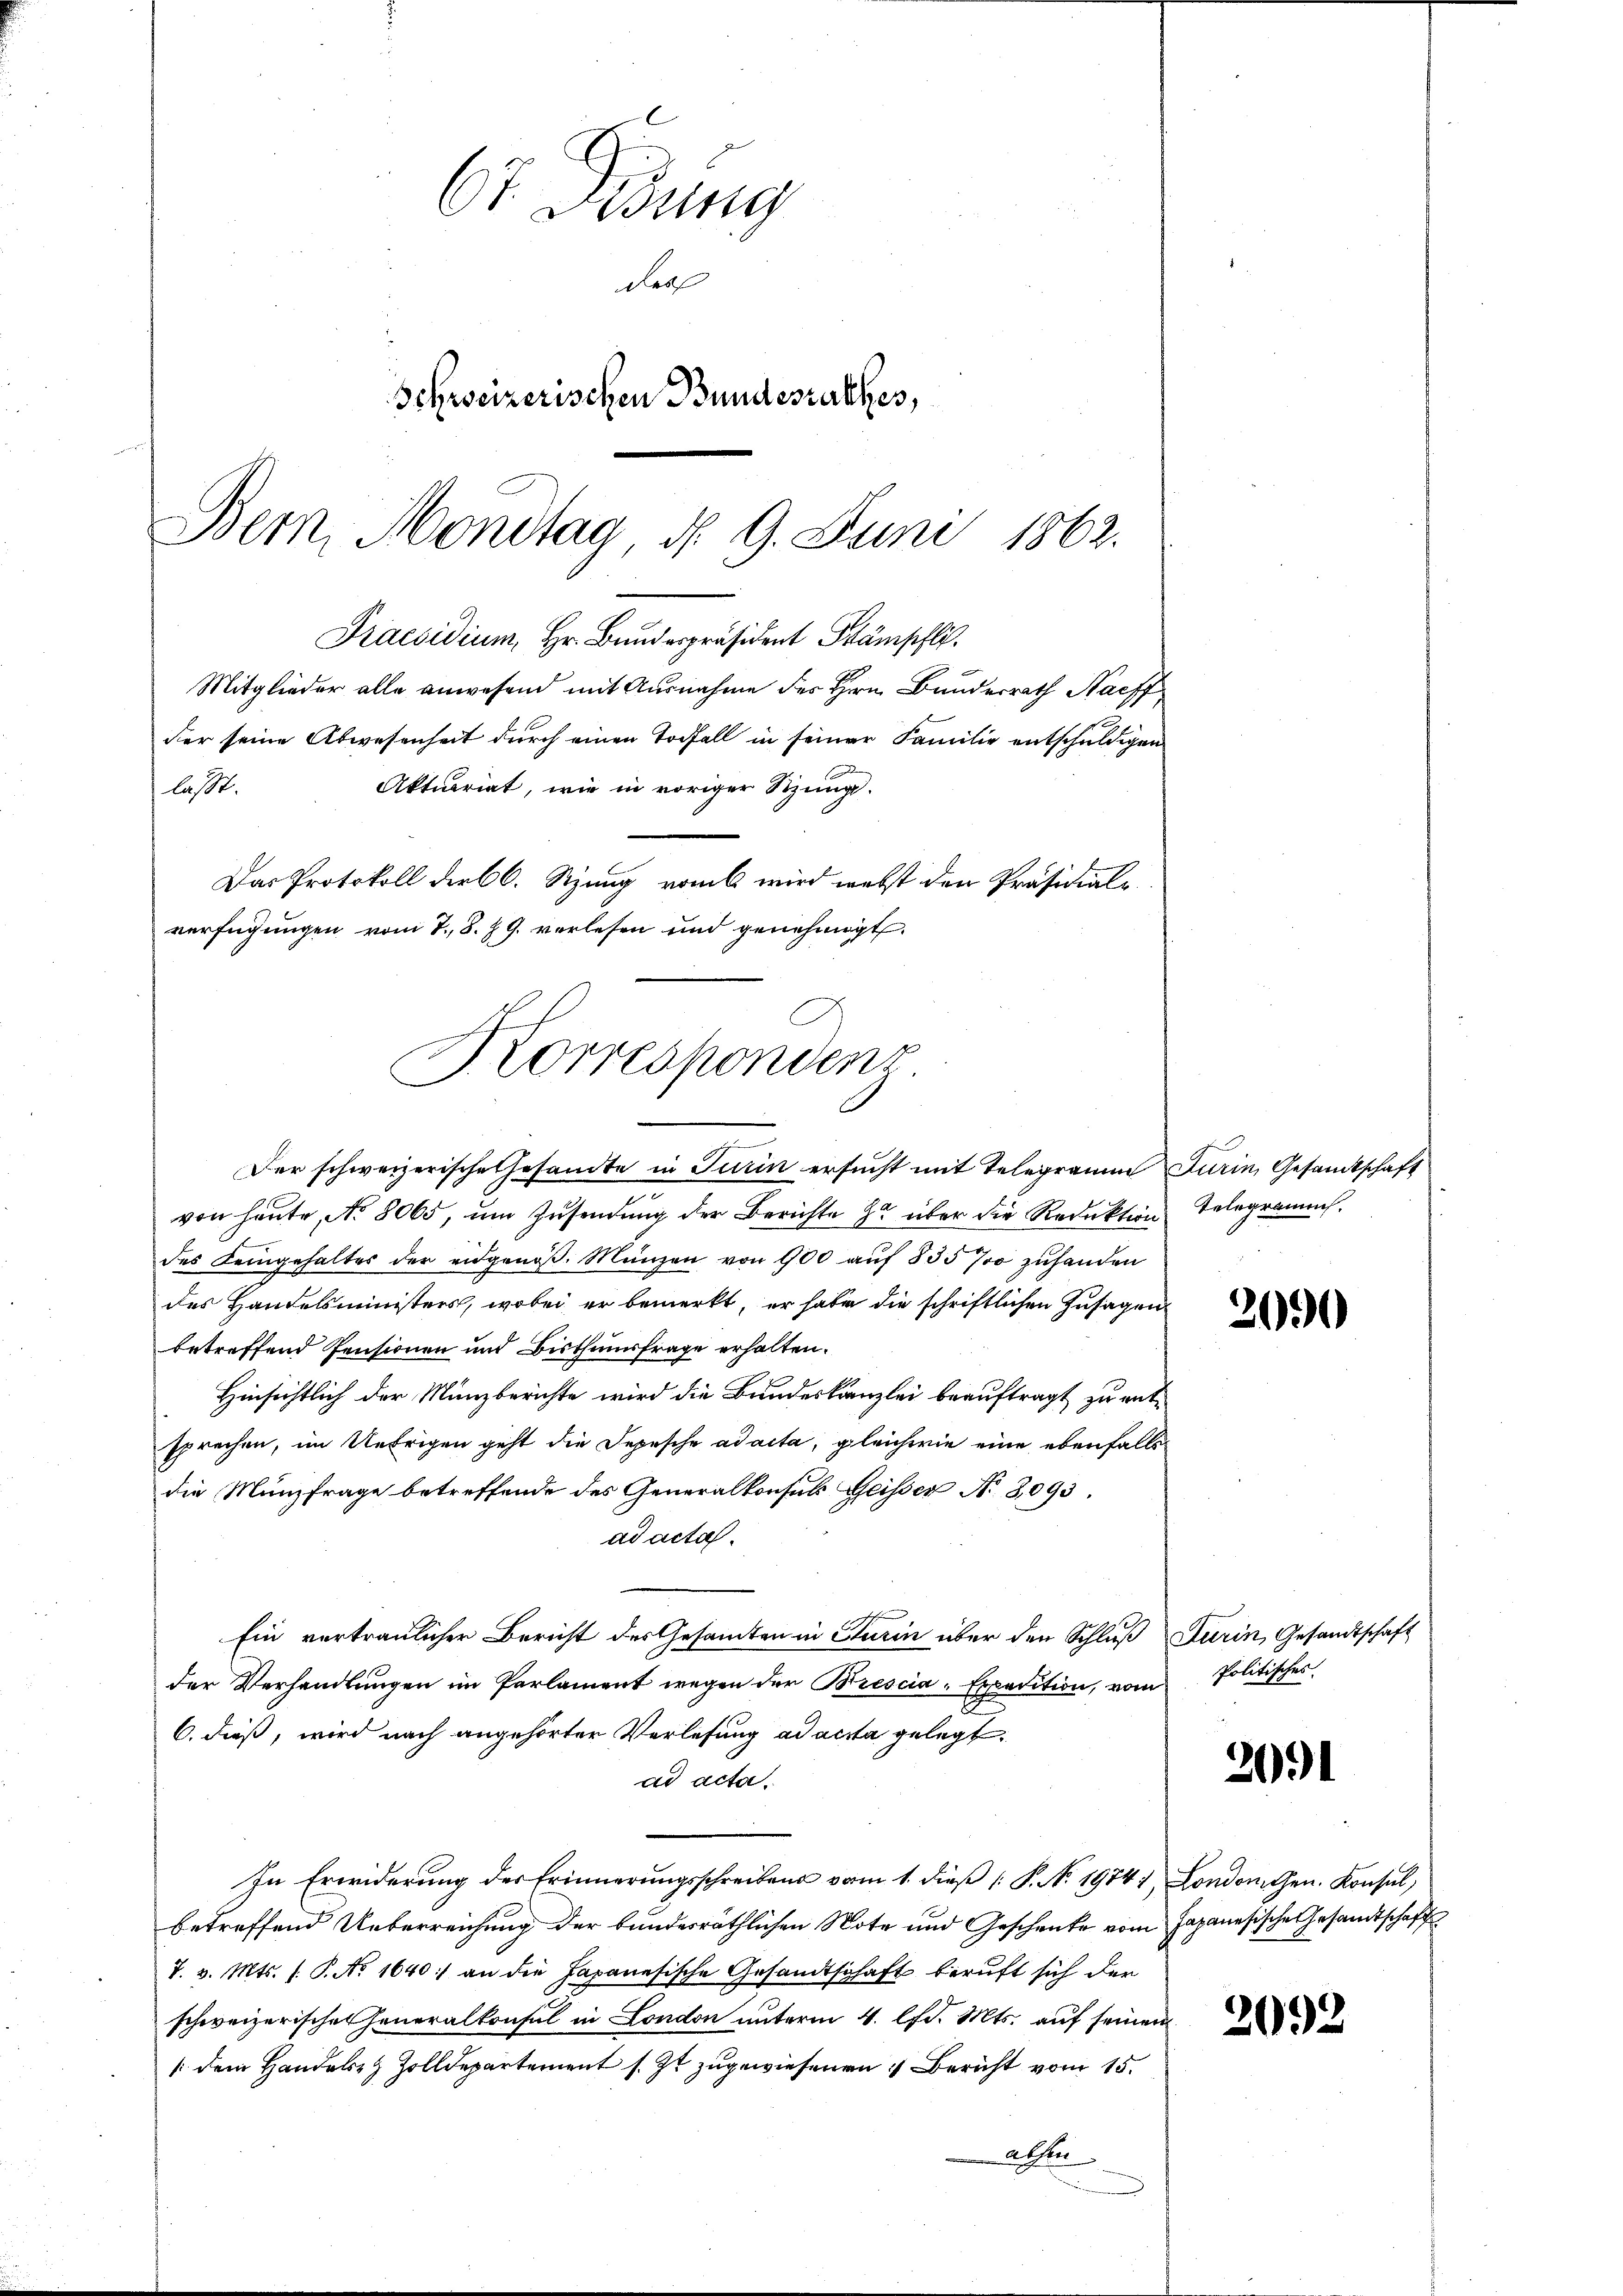
Praesidium, Hr. Bunderpräsident Kämpfli
Mitglieder alle anwesend mit Ausnahme des Hrn. Bunderrath Nachf
dier seine Abwesenheit durch einen Todfall in seiner Familie entschuldigen
Aktuariat, wie in voriger Sitzung.
lasst.
Das Protokoll der 60. Sizung vom wird welst den Präsidial-
verfügungen vom 7. 8. J. G. vorlesen und genehmigt.
Korrespondenz

Ct. Fidung
des
Schweizerischen Bundesrathes,
Bern, Montag d. 9. Juni 1862.

Der schweizerische Gesandte in Turin ersucht mit Telegramm Turin, Gesandtschaft
von heute, No 8065, um Zusendung der Berichte zu über die Reduktion Telegramms.
des Leingehaltes der eidgenöß. Münzen von 900 auf 835 700 zuhanden
des Handelsministers, wobei er bemerkt, er habe die schriftlichen Zusagen
betreffend Pensionen und Bisthumsfrage erhalten.
Hinsichtlich der Münzberichte wird die Bundeskanzlei beauftragt zu entsprechen, im Uebrigen geht die Depesche ad acta, gleichwie eine ebenfalls
die Münzfrage betreffende des Generalkonsuls Geisser No 3093.
ad acta.
Ein vertraulicher Bericht des Gesamten in Turin über den Schluß darin, Gesandtschaft
der Verhandlungen im Parlament wegen der Brescia-Expedition, vom Politisches
6. dieß, wird nach angehörter Verlesung ad acta gelegt.
ad acta.
In Erwiderung der Erinnerungsschreibens vom 1. dieß ( P. Nr. 19741, London. Gen. Konsul,
betreffend Ueberreichung der bundesräthlichen Note und Geschenke vom Japanesische Gesandtschaft
T. v. Mts. s. P. Nr. 1640:/ an die Japanesische Gesandtschaft beruft sich der
schweizerischen Generalkonsul in London unterm 4. lfd. Mts. auf seinen
/ dem Handels- & Zolldepartement s. Zt. zugewiesenen 4 Bericht vom 15.
absen

3000

2091

2092